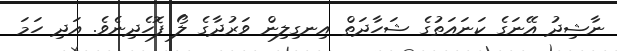
ނާޝިދު އޭނަގެ ކަނައަތުގެ ޝަހާދަތް އިނގިލިން ވަރުދާގެ ލޯ ފޮހެދިނެވެ. އަދި ހަމަ